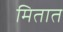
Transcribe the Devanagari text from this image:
मितात